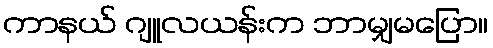
ကာနယ် ဂျူလယန်းက ဘာမျှမပြော။